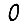
Digit: 0